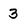
Character: 3